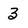
Character: 3